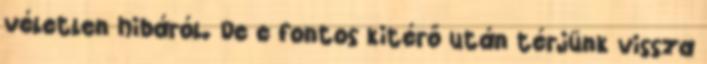
véletlen hibáról. De e fontos kitérő után térjünk vissza